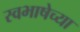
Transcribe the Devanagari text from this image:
स्वभाषेच्या